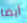
أيضا